Annual report of lunatic asylums [Bombay] - 1912-1922
Year: 1912
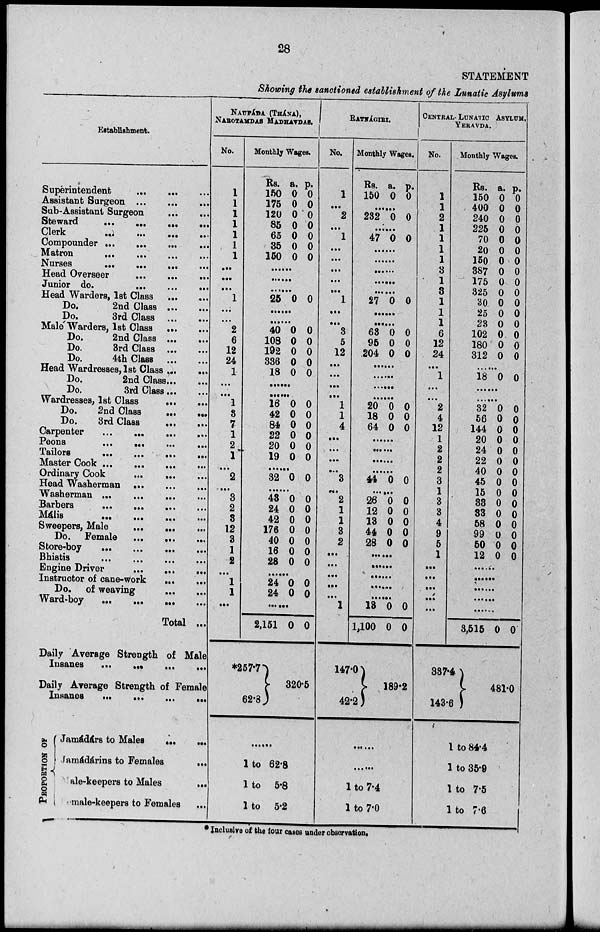
28
STATEMENT
Showing the sanctioned establishment of the Lunatic Asylums
Establishment.
Superintendent
...
...
...
Assistant Surgeon
...
...
...
Sub-Assistant Surgeon
...
...
Steward
...
...
...
...
Clerk
...
...
...
...
Compounder ... ... ... ...
Matron ... ...
...
...
Nurses
...
...
...
...
Head Overseer
...
...
...
Junior do.
...
...
...
Head Warders, 1st Class ... ...
Do.
2nd Class
...
...
Do.
3rd Class
...
...
Malé Warders, 1st Class ... ...
Do.
2nd Class
...
...
Do.
3rd Class
...
...
Do.
4th Class
...
...
Head Wardresses, 1st Class ... ...
Do.
2nd Class ... ...
Do.
3rd Class ... ...
Wardresses, 1st Class
...
...
Do.
2nd Class
...
...
Do.
3rd Class
...
...
Carpenter
...
...
...
...
Peons
...
...
...
...
Tailors
...
...
...
...
Master Cook
...
...
...
...
Ordinary Cook ... ...
...
Head Washerman
...
...
...
Washerman ... ... ... ...
Barbers
...
...
... ...
Mális
...
...
...
...
Sweepers, Male
...
...
...
Do.
Female
...
...
...
Store-boy
...
...
...
...
Bhistis
...
...
...
...
Engine Driver
...
...
...
Instructor of cane-work
...
...
Do.
of weaving ... ...
Ward-boy
...
...
...
...
Total ...
Daily Average Strength of Male
Insanes
...
Daily Average Strength of Female
Insanes
...
...
...
..
PRODUCTION OF
Jamádárs to Males ... ...
Jamádárins to Females
...
Male-keepers to Males
...
Female-keepers to Females ...
NAUPA'DA (THA'NA),
NAROTAMDAS MADHAVDAS.
No.
1
1
1
1
1
1
1
...
...
.. .
1
...
...
2
6
12
24
1
...
...
1
3
7
1
2
1
...
2
...
3
2
3
12
3
1
2
...
1
1
. ..
Monthly Wages.
Rs.
150
175
120
85
65
35
150
a.
0
0
0
0
0
0
0
p.
0
0
0
0
0
0
0
......
......
......
25 0 0
......
......
40
108
192
336
18
0
0
0
0
0
0
0
0
0
0
......
......
16
42
84
22
20
19
0
0
0
0
0
0
0
0
0
0
0
0
......
32 0 0
......
43
24
42
176
40
16
28
0
0
0
0
0
0
0
0
0
0
0
0
0
0
......
24
24
0
0
0
0
......
2,151
*257.7
62.8
0 0
320.5
.........
1 to 62.8
1 to 5.8
1 to 5.2
RATNA'GIRI.
No.
1
...
2
...
1
...
...
...
...
...
1
...
...
3
5
12
...
...
...
...
1
1
4
...
...
...
...
3
...
2
1
1
3
2
...
...
...
...
...
1
Monthly Wages.
Rs.
150
a.
0
p.
0
......
232 0 0
......
47 0 0
......
......
......
......
......
27 0 0
......
......
63
95
204
0
0
0
0
0
0
......
......
......
......
20
18
64
0
0
0
0
0
0
......
......
......
......
44 0 0
.....
26
12
13
44
28
0
0
0
0
0
0
0
0
0
0
......
......
......
......
......
13
1,100
147.0
42.2
0
0
0
0
189.2
.......
.......
1 to 7.4
1 to 7.0
CENTRAL. LUNATIC ASYLUM,
YERAVDA.
No.
1
1
2
1
1
1
1
3
1
3
1
1
1
6
12
24
...
1
...
...
2
4
12
1
2
2
2
3
1
3
3
4
9
5
1
...
...
...
...
...
Monthly Wages.
Rs.
150
400
240
225
70
20
150
387
175
325
30
25
23
102
180
312
a.
0
0
0
0
0
0
0
0
0
0
0
0
0
0
0
0
p.
0
0
0
0
0
0
0
0
0
0
0
0
0
0
0
0
......
18 0 0
......
......
32
56
144
20
24
22
40
45
15
33
33
58
99
50
12
0
0
0
0
0
0
0
0
0
0
0
0
0
0
0
0
0
0
0
0
0
0
0
0
0
0
0
0
0
0
......
......
......
......
......
3,515
337.4
143.6
0 0
481.0
1 to 84.4
1 to 35.9
1 to 7.5
1 to 7.6
* Inclusive of the four cases under observation.